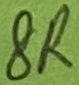
Text: 8R